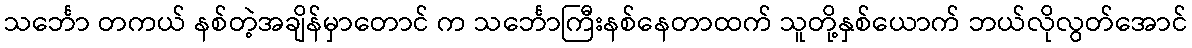
သင်္ဘော တကယ် နစ်တဲ့အချိန်မှာတောင် က သင်္ဘောကြီးနစ်နေတာထက် သူတို့နှစ်ယောက် ဘယ်လိုလွတ်အောင်